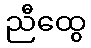
ညီထွေ